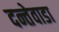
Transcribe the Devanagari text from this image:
दन्तेवाडा